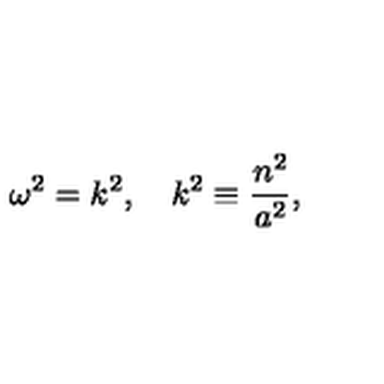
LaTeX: \omega ^ { 2 } = k ^ { 2 } , \quad k ^ { 2 } \equiv { \frac { n ^ { 2 } } { a ^ { 2 } } } ,